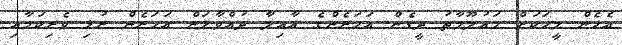
އެހެން މީހަކަށް މައުލޫމާތު ދީގެން އަހަރެންގެ އާއިލާ ދުއްވާލަން އަހަރެން ރުޅި ވެރިކަމާއި